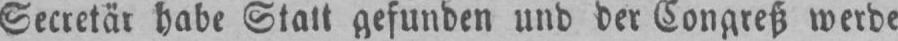
Secretär habe Statt gefunden und der Congreß werde